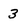
Character: 3